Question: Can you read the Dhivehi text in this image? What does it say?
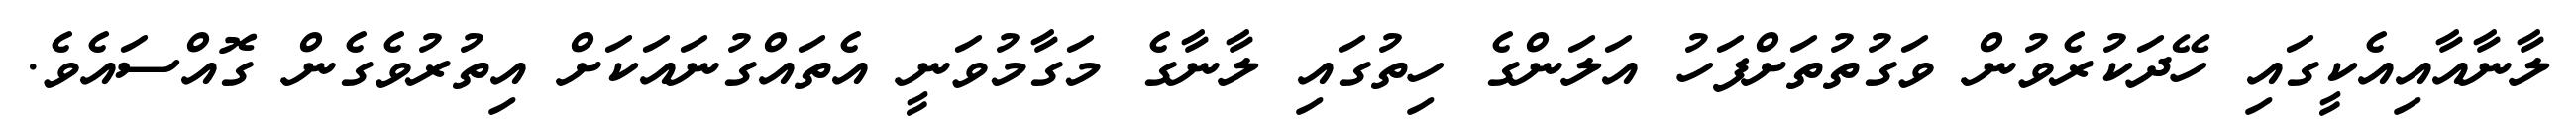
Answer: ލާނާއާއިއެކީގައި ހޭދަކުރެވުން ވަގުތުތަށްފަހު އަލަންގެ ހިތުގައި ލާނާގެ މަގާމުވަނީ އެތައްގުނައަކަށް އިތުރުވެގެން ގޮއްސައެވެ.